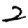
Digit: 2